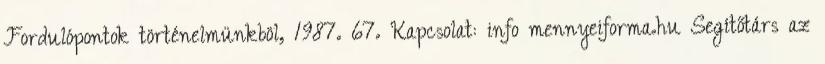
Fordulópontok történelmünkböl, 1987. 67. Kapcsolat: info mennyeiforma.hu Segítőtárs az